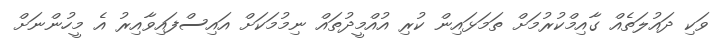
ވަކި ދައުލަތެއް ގާއިމްކުރުމަށް ތަމަޅައިން ކުރި އުއްމީދުތައް ނިމުމަކަށް އައިސްފައިވާއިރު އެ މީހުންނަށް